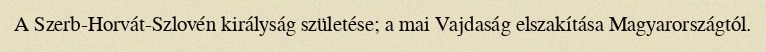
A Szerb-Horvát-Szlovén királyság születése; a mai Vajdaság elszakítása Magyarországtól.